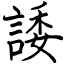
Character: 諉